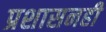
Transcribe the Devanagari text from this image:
प्रशासनही